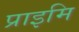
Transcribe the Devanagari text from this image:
प्राइमि